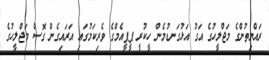
ރައްޔިތުންގެ މަޖްލީހުގެ އަގު އަޅުގަނޑުމެން ހީކުރީ ޕީޕީއެމްގެ ވެރިކަމުގައި އަރައިގެން ގޮސް މަޖްލީހުގެ